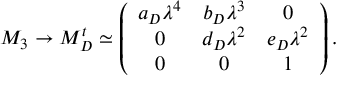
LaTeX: M _ { 3 } \rightarrow M _ { D } ^ { t } \simeq \left( \begin{array} { c c c } { { a _ { D } \lambda ^ { 4 } } } & { { b _ { D } \lambda ^ { 3 } } } & { { 0 } } \\ { { 0 } } & { { d _ { D } \lambda ^ { 2 } } } & { { e _ { D } \lambda ^ { 2 } } } \\ { { 0 } } & { { 0 } } & { { 1 } } \end{array} \right) .